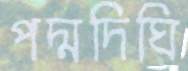
পদ্মদিঘি